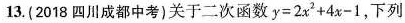
13.(2018四川成都中考)关于二次函数$$y = 2 x^{2} + 4 x - 1$$，下列